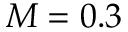
M = 0 . 3